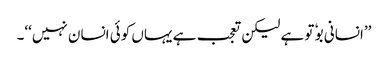
’’انسانی بوٗ تو ہے لیکن تعجب ہے یہاں کوئی انسان نہیں‘‘۔